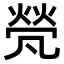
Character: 𠙦